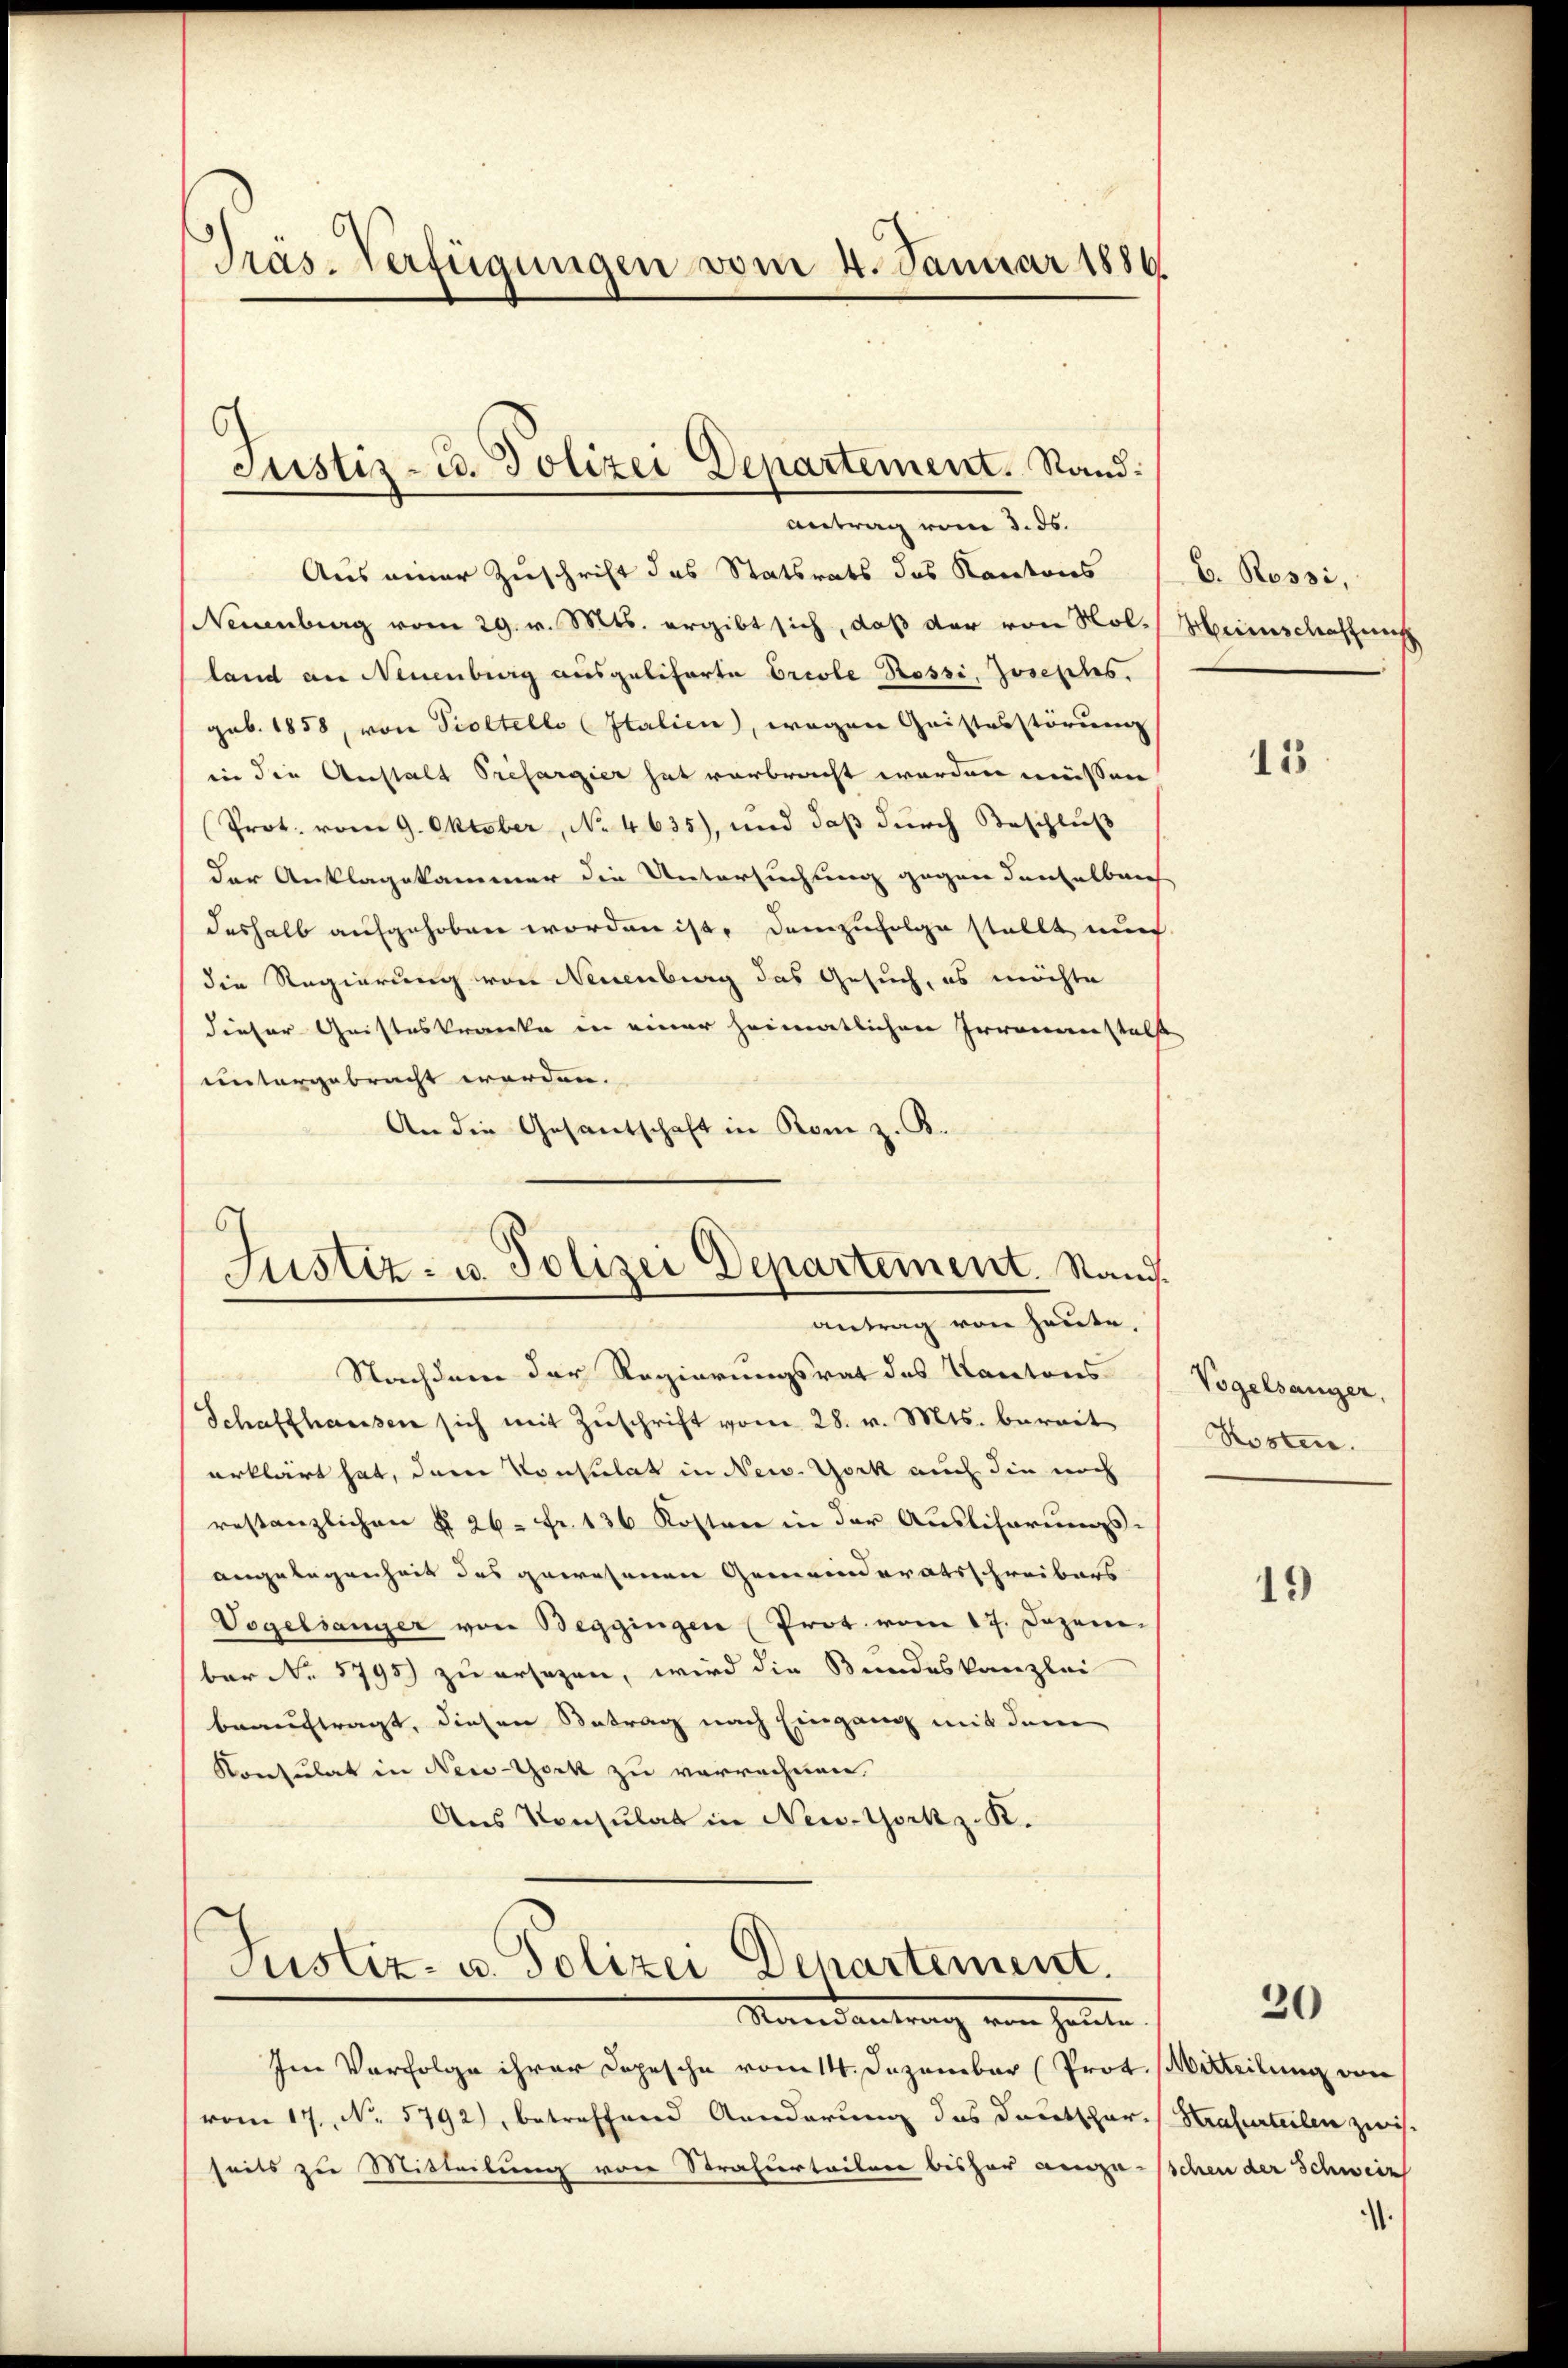
Präs-Verfügungen vom 4. Januar 1886

Aus einer Zuschrift das Statsrats das Kantons
Neuenburg vom 29. v. Mts. ergibt sich, daß der von Nol-Heimschaffung
land an Neuenburg ausgeliferte Briole Rossi, Josephes.
geb. 1858, von Soltello (Italien, wegen Geistesstörung
in die Anstalt Prefargier hat verbracht werden müssen
Prot. vom 9. Oktober, No 4635), und daß durch Beschluß
der Anklagekammer die Untersuchung gegen denselbach
deshalb aufgehoben worden ist, demzufolge stellt auch
die Regierung von Neuenburg das Gesuch, es möchte
dieser Geisteskranke in einer heimatlichen Irrennenstals
untergebracht worden.
An die Gesandschaft in Rom z. B.

Justiz- u. Polizei Departement. Sand¬
Antrag vom 3. ds.

.
Justiz- u. Polizei Departement. Stand.
antrag von heute,

Nachdem der Regierungsrat des Kantons
Schaffhausen sich mit Zŭschrift vom 28. v. Mts. bereit
erklärt hat, dem Konsulat in New York auch die noch
restanzlichen § 26. Fr. 136 Kosten in der Ausliserungs-
angelegenheit des gewesenen Gemeinderatsschreibers
Vogelsanger von Beggingen (Prot. vom 17. Dezem-
ber No 1795) zu ersezen, wird die Bundeskanzlei
beauftragt, diesen Betrag nach Eingang mit dem
Konsulat in New-York zu verrechnen.
Aus Konsulat in New-York z. R.

Justiz- u. Polizei Departement.
Mandantrag von Heute.

Im Verfolge ihrer Dopesche vom 14. Dezember (Prot. Mitteilung von
vom 17. No 5792), betreffend Aenderung des Deutschar-Strafurteilen zwis
seits zu Mitteilung von Strafurteilen bisher angeschen der Schweiz

E. Rossi,

15

Vogelsanger.
Kosten.

19

20